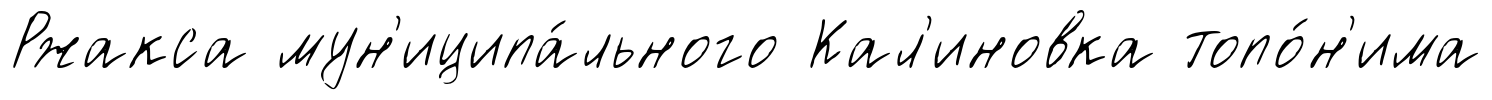
Ржакса мун'иципа́льного Кал'иновка топо́н'има